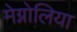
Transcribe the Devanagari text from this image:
मेग्नोलिया